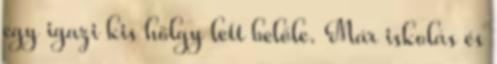
egy igazi kis hölgy lett belőle. Már iskolás és